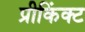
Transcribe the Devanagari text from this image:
प्रीकिंक्ट